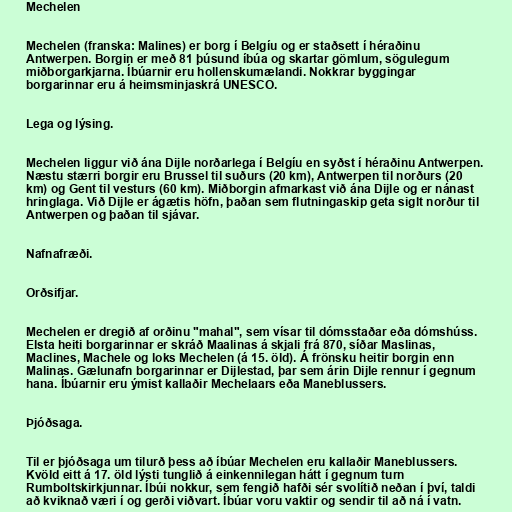
Mechelen

Mechelen (franska: Malines) er borg í Belgíu og er staðsett í héraðinu
Antwerpen. Borgin er með 81 þúsund íbúa og skartar gömlum, sögulegum
miðborgarkjarna. Íbúarnir eru hollenskumælandi. Nokkrar byggingar
borgarinnar eru á heimsminjaskrá UNESCO.

Lega og lýsing.

Mechelen liggur við ána Dijle norðarlega í Belgíu en syðst í héraðinu Antwerpen.
Næstu stærri borgir eru Brussel til suðurs (20 km), Antwerpen til norðurs (20
km) og Gent til vesturs (60 km). Miðborgin afmarkast við ána Dijle og er nánast
hringlaga. Við Dijle er ágætis höfn, þaðan sem flutningaskip geta siglt norður til
Antwerpen og þaðan til sjávar.

Nafnafræði.

Orðsifjar.

Mechelen er dregið af orðinu "mahal", sem vísar til dómsstaðar eða dómshúss.
Elsta heiti borgarinnar er skráð Maalinas á skjali frá 870, síðar Maslinas,
Maclines, Machele og loks Mechelen (á 15. öld). Á frönsku heitir borgin enn
Malinas. Gælunafn borgarinnar er Dijlestad, þar sem árin Dijle rennur í gegnum
hana. Íbúarnir eru ýmist kallaðir Mechelaars eða Maneblussers.

Þjóðsaga.

Til er þjóðsaga um tilurð þess að íbúar Mechelen eru kallaðir Maneblussers.
Kvöld eitt á 17. öld lýsti tunglið á einkennilegan hátt í gegnum turn
Rumboltskirkjunnar. Íbúi nokkur, sem fengið hafði sér svolítið neðan í því, taldi
að kviknað væri í og gerði viðvart. Íbúar voru vaktir og sendir til að ná í vatn.